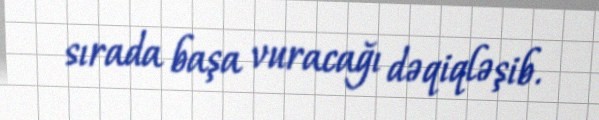
sırada başa vuracağı dəqiqləşib.